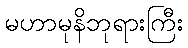
မဟာမုနိဘုရားကြီး